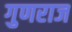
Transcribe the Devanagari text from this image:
गुणराज